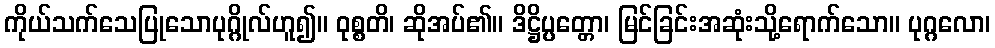
ကိုယ်သက်သေပြုသောပုဂ္ဂိုလ်ဟူ၍။ ဝုစ္စတိ၊ ဆိုအပ်၏။ ဒိဋ္ဌိပ္ပတ္တော၊ မြင်ခြင်းအဆုံးသို့ရောက်သော။ ပုဂ္ဂလော၊